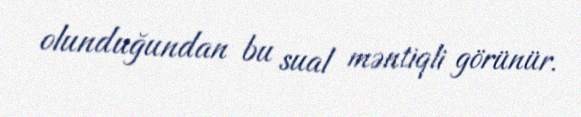
olunduğundan bu sual məntiqli görünür.